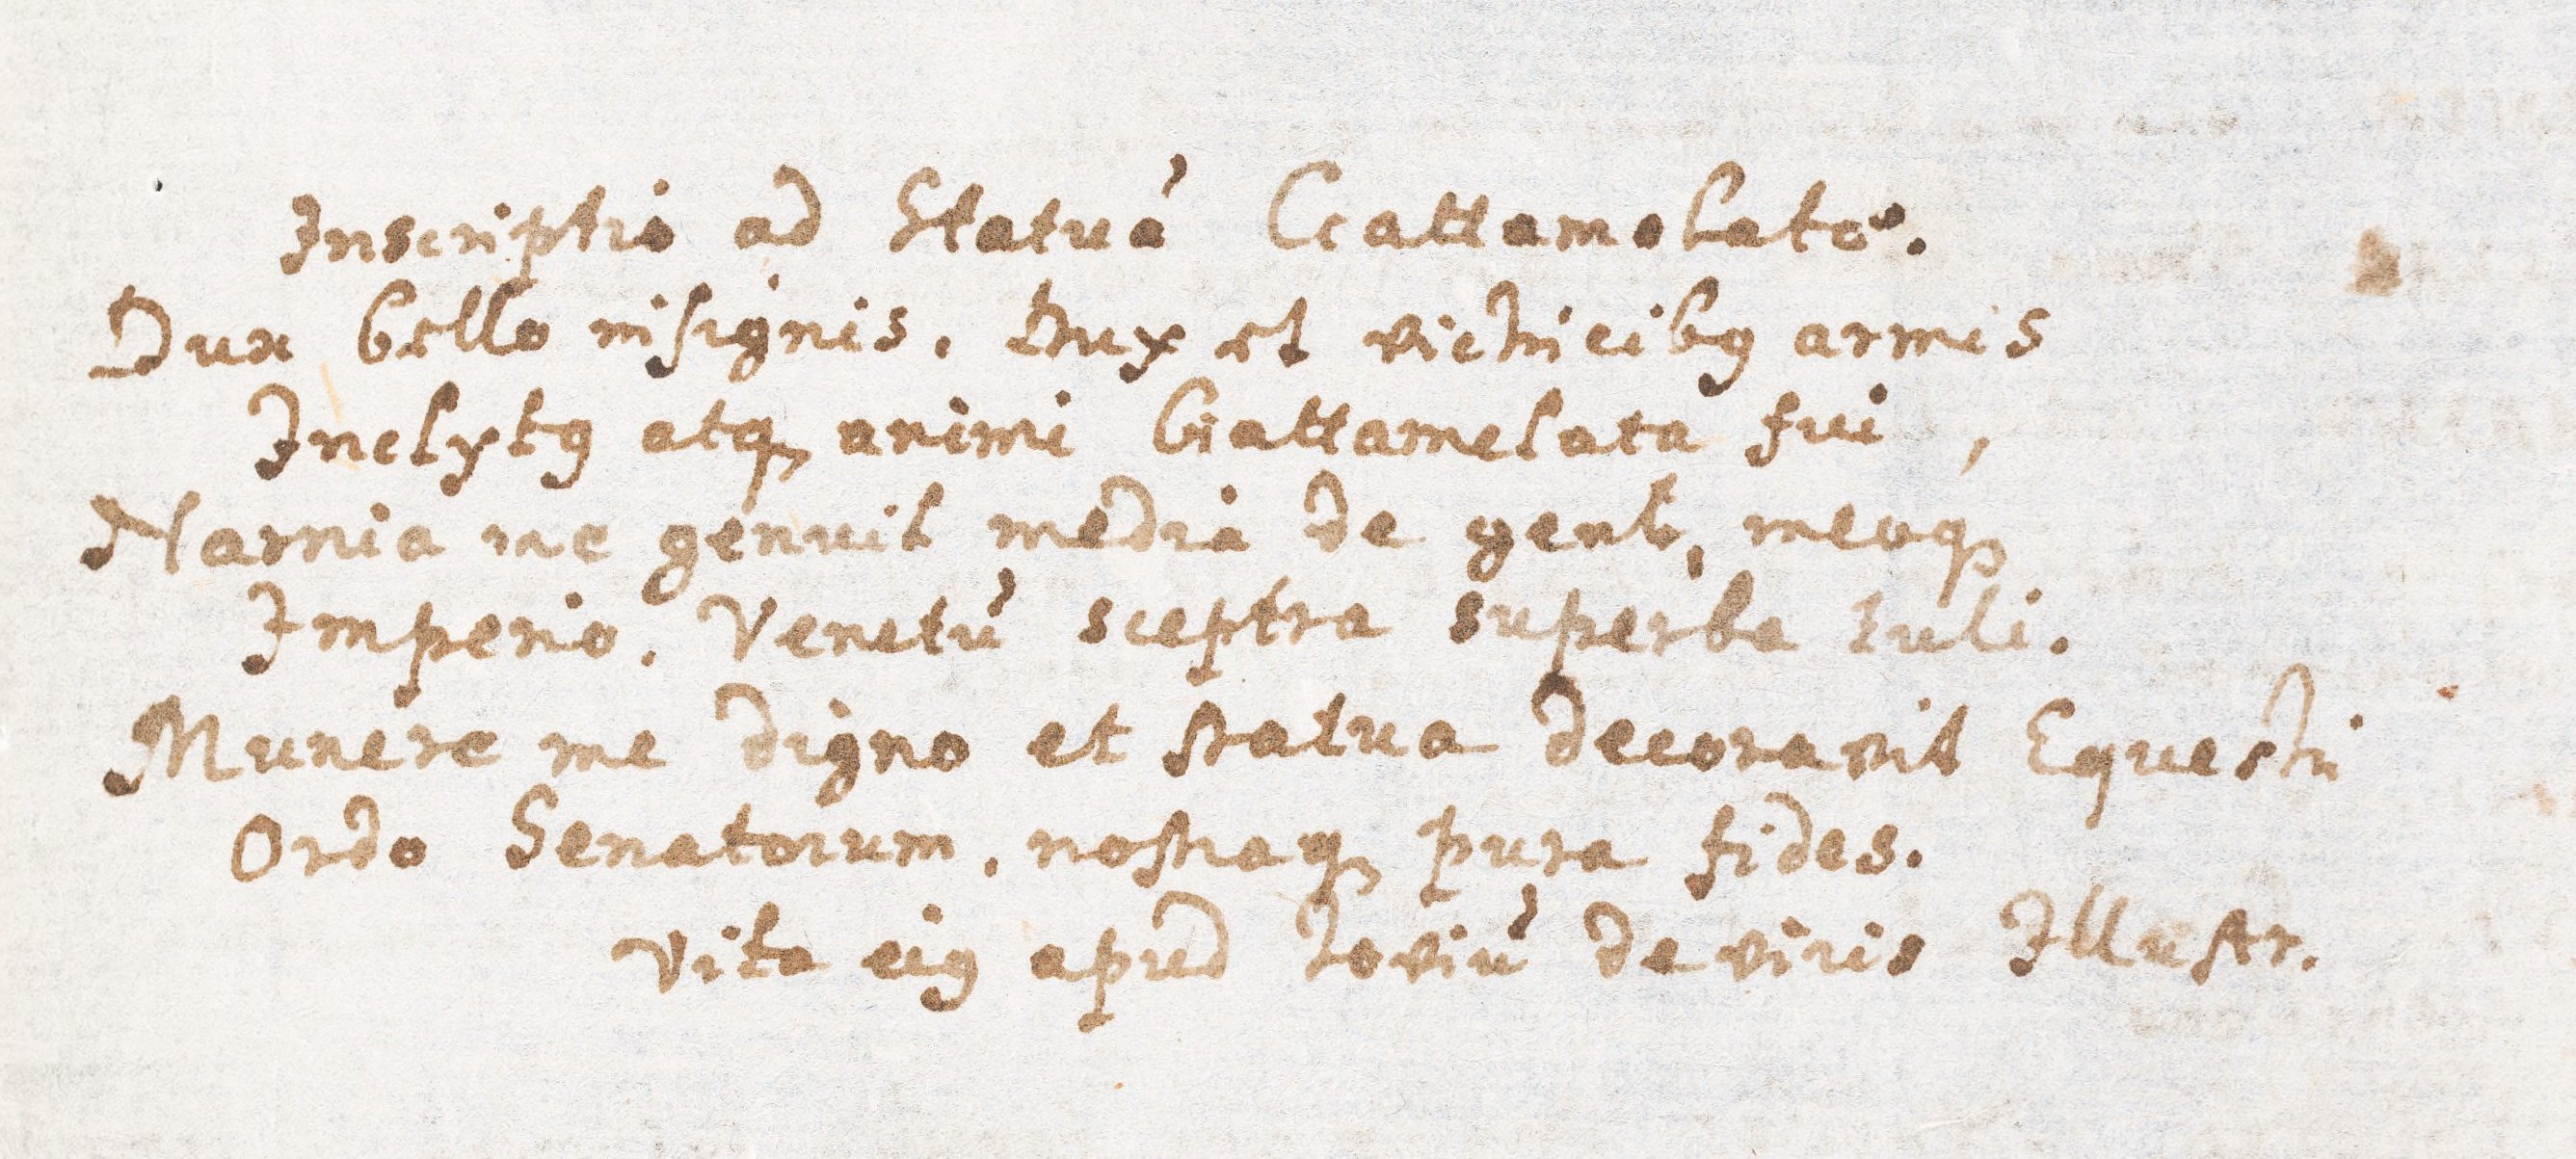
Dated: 1621–1621